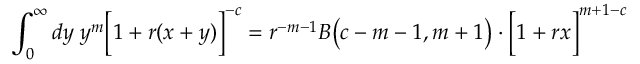
\int _ { 0 } ^ { \infty } d y \; y ^ { m } \Big [ 1 + r ( x + y ) \Big ] ^ { - c } = r ^ { - m - 1 } B \big ( c - m - 1 , m + 1 \big ) \cdot \Big [ 1 + r x \Big ] ^ { m + 1 - c }